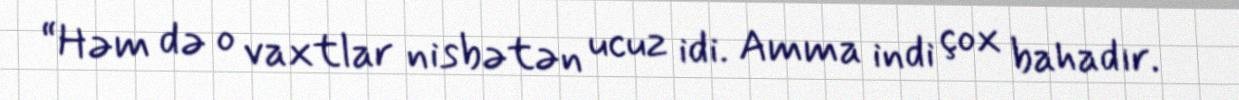
“Həm də o vaxtlar nisbətən ucuz idi. Amma indi çox bahadır.